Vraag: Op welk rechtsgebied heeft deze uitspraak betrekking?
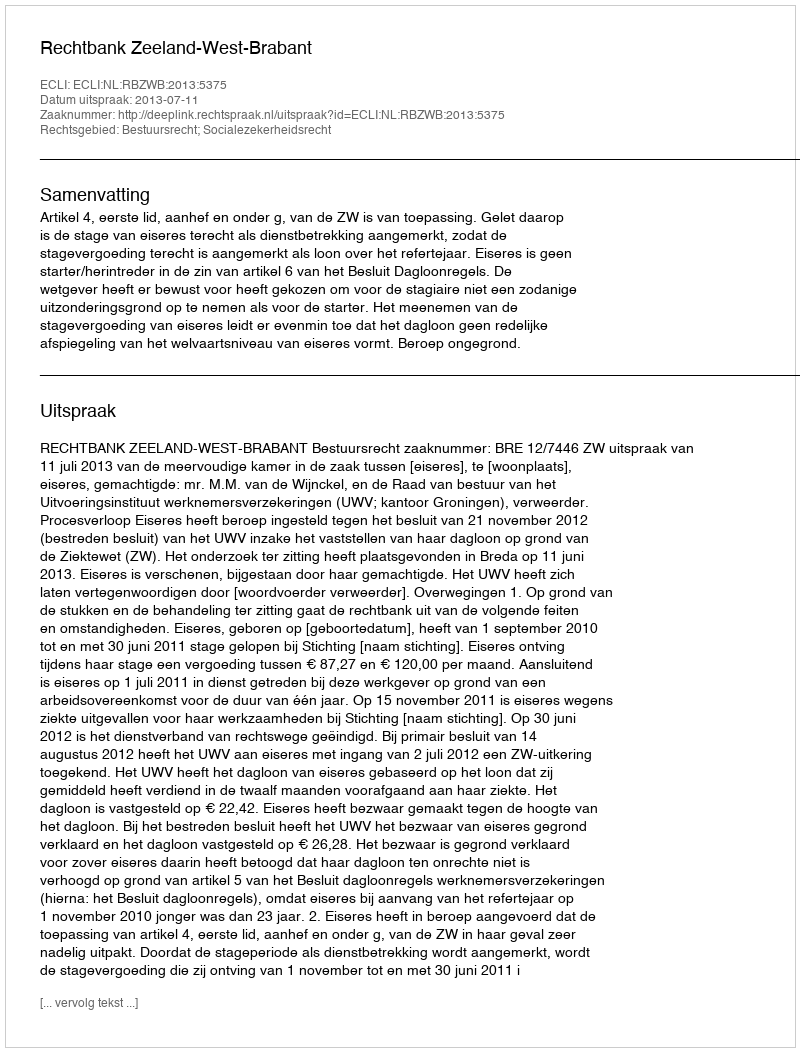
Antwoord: Bestuursrecht; Socialezekerheidsrecht